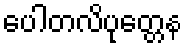
ပေါတလိပုတ္တေန